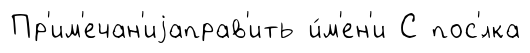
Пр'им'ечан'иjаправ'ить и́м'ен'и С пос'́лка